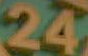
24